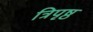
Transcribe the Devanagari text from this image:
त्रिपृष्ठ